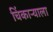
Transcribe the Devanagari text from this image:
चिंकाऱ्याला